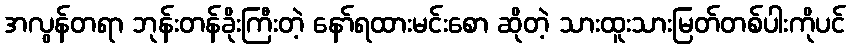
အလွန်တရာ ဘုန်းတန်ခိုးကြီးတဲ့ နော်ရထားမင်းစော ဆိုတဲ့ သားထူးသားမြတ်တစ်ပါးကိုပင်